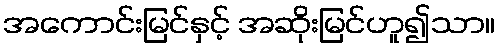
အကောင်းမြင်နှင့် အဆိုးမြင်ဟူ၍သာ။